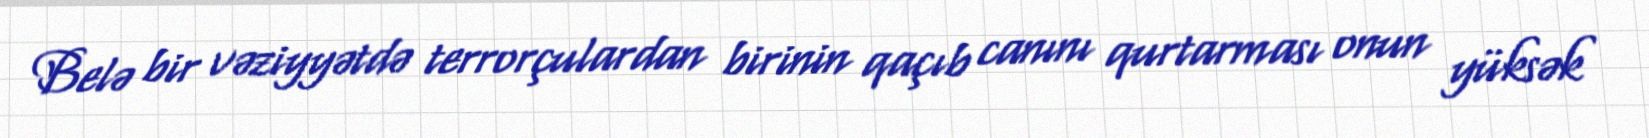
Belə bir vəziyyətdə terrorçulardan birinin qaçıb canını qurtarması onun yüksək